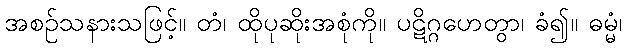
အစဉ်သနားသဖြင့်။ တံ၊ ထိုပုဆိုးအစုံကို။ ပဋိဂ္ဂဟေတွာ၊ ခံ၍။ ဓမ္မံ၊